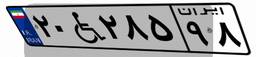
۰۴W۹۳۱۹۶